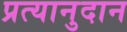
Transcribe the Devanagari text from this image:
प्रत्यानुदान